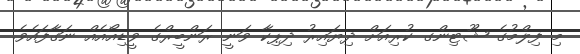
މި ފިލްމުގެ ޝޫޓިންގ ކުރިއަށް ދިޔައިރު ދިޕިކާ ވަނީ ރަންބީރްގެ ވީޑިއޯއެއް ނަގާފައެވެ.